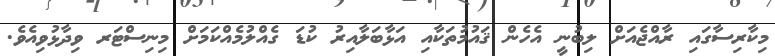
މިކާރިސާގައި ރާއްޖެއަށް ލިބުނީ އެހެން ޤައުމުތަކާއި އަޅާބަލާއިރު ކުޑަ ގެއްލުމެއްކަމަށް މިނިސްޓަރ ވިދާޅުވިއެވެ.